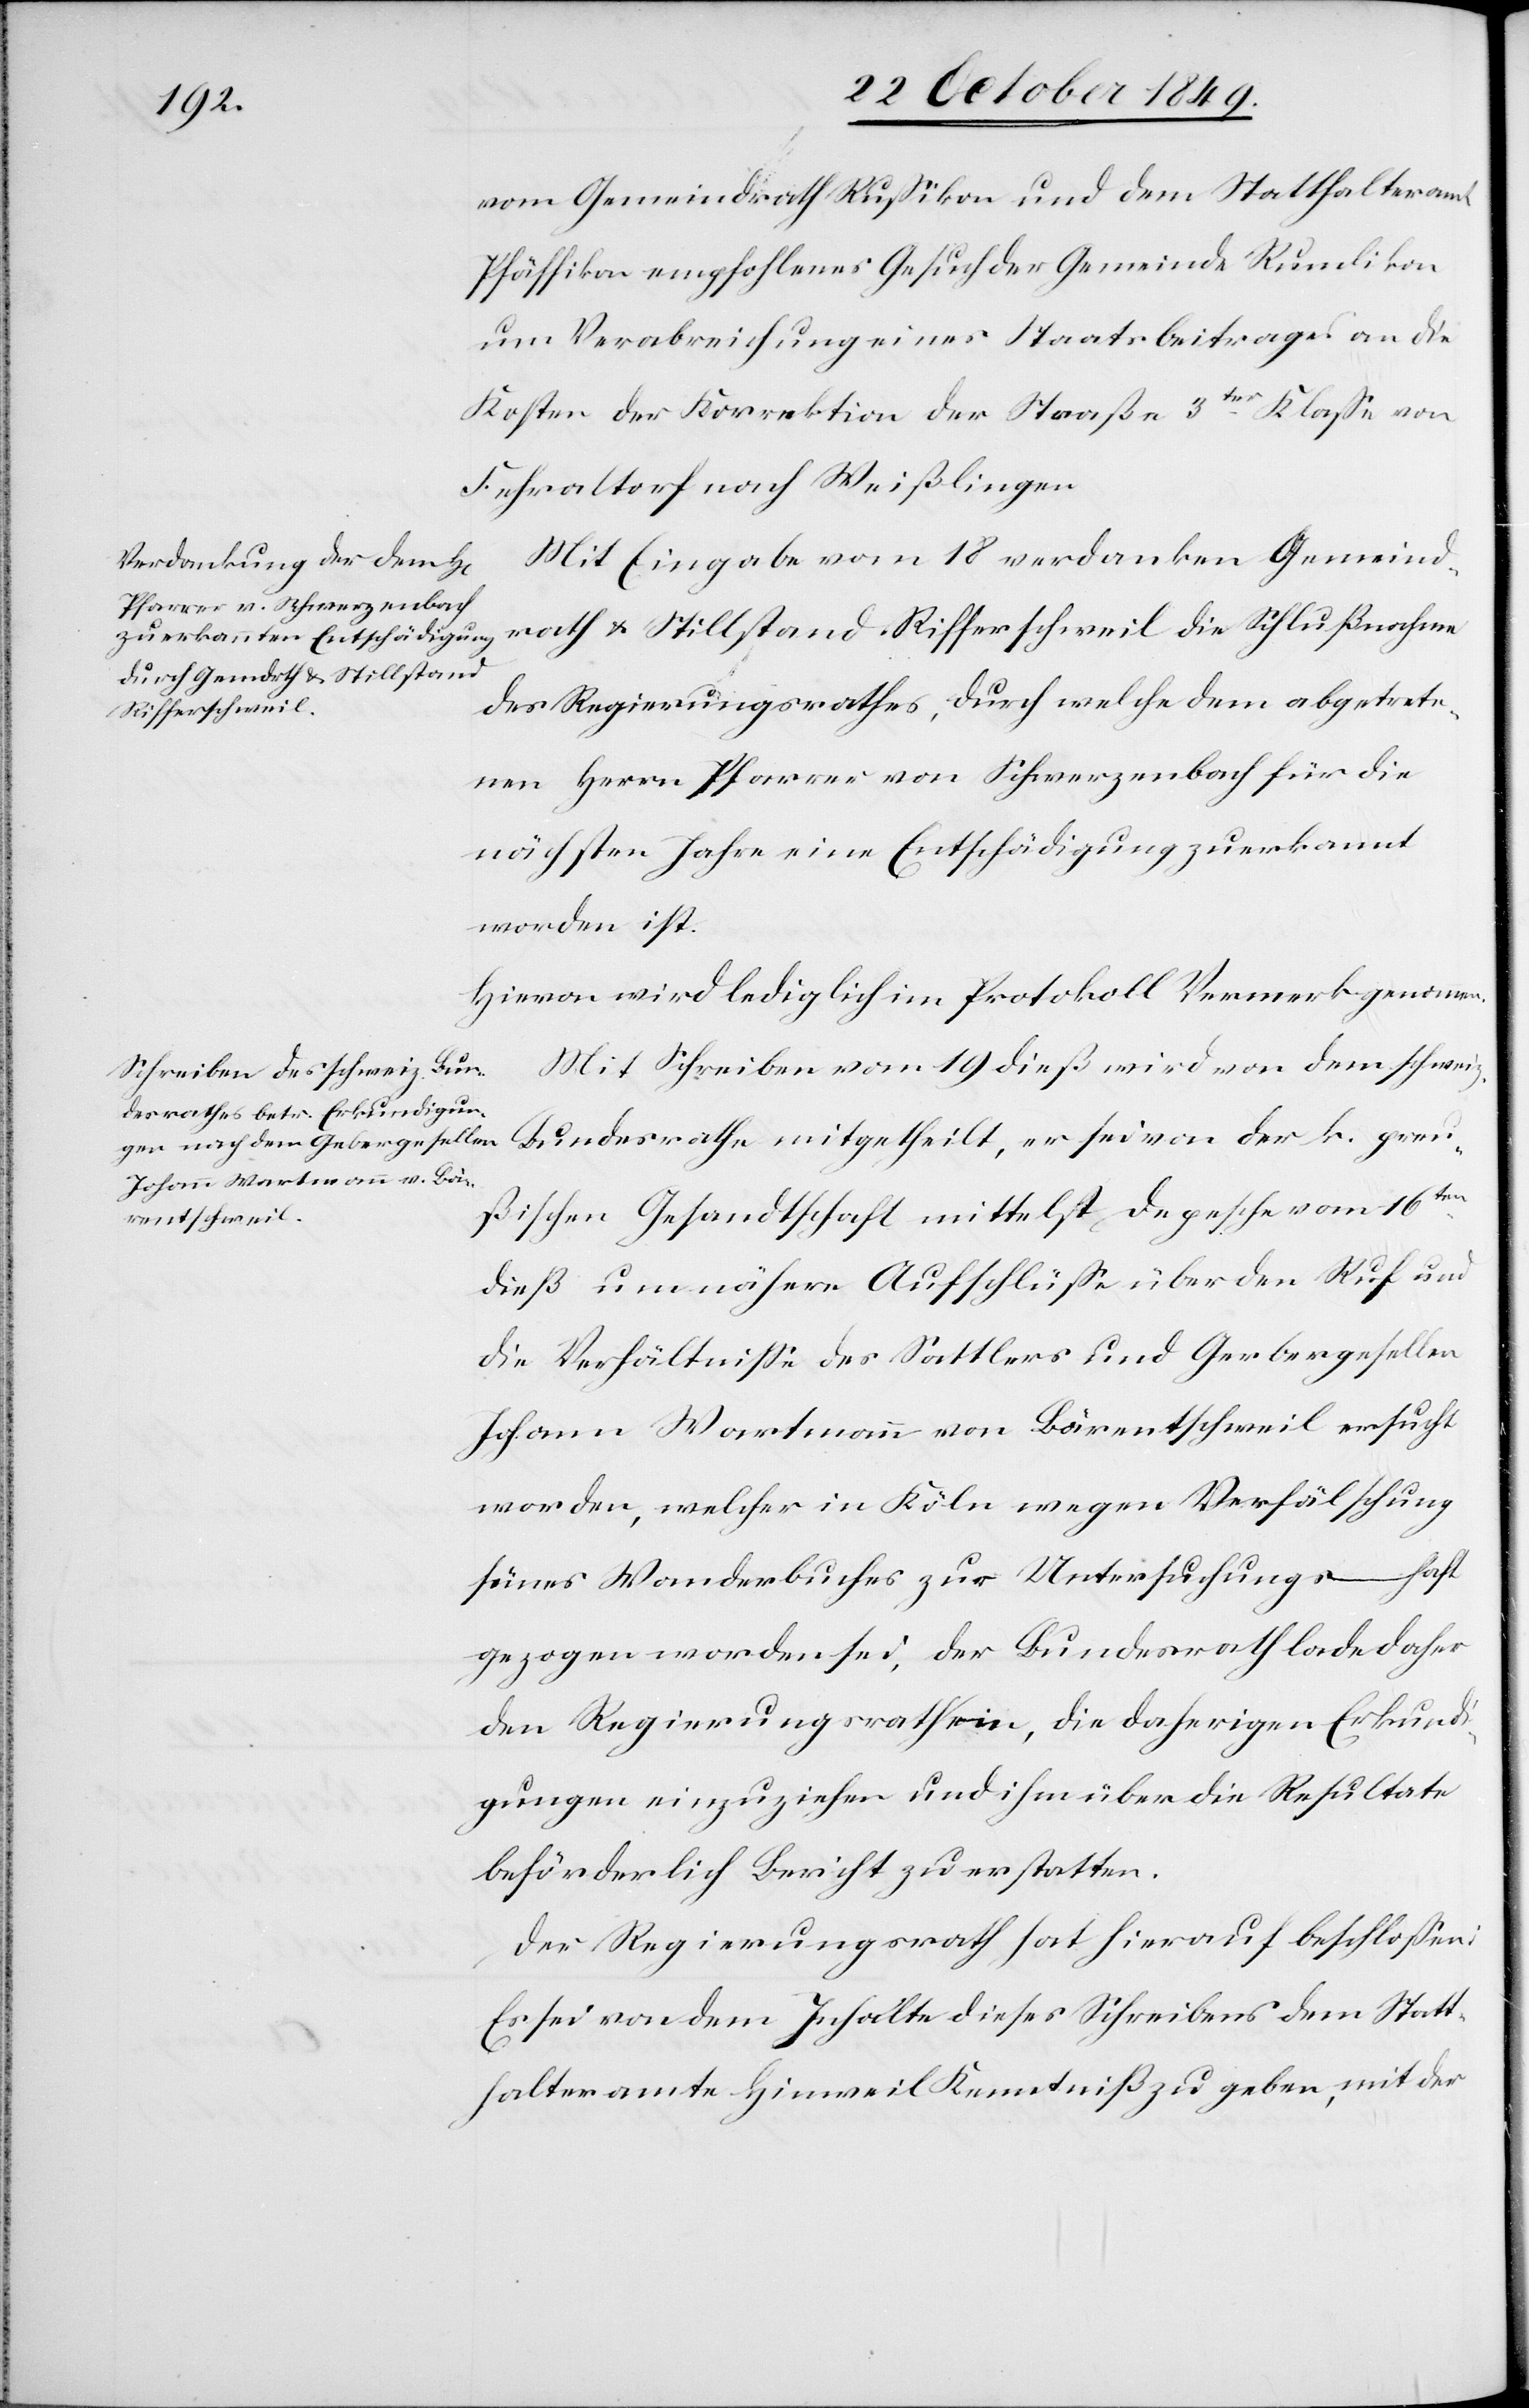
erischen
vom Gemeindrathe Rußikon und dem Statthalteramte
Pfäffikon empfohlenes Gesuch der Gemeinde Rumlikon
um Verabreichung eines Staatsbeitrages an die
Kosten der Korrektion der Straße 3ter Klaße von
Fehraltorf nach Weißlingen.
Mit Eingabe vom 18 [dieß] verdanken Gemeind¬
rath u. Stillstand Rifferschweil die Schlußnahme
des Regierungsrathes, durch welche dem abgetrete¬
nen Herrn Pfarrer von Schwerzenbach für die
nächsten Jahre eine Entschädigung zuerkannt
worden ist.
Hievon wird lediglich im Protokoll Vormerk genommen.
Mit Schreiben vom 19 dieß wird von dem schweiz¬
Bundesrathe mitgetheilt, er sei von der k. preu¬
ßischen Gesandtschaft mittelst Depesche vom 16ten
dieß um nähere Aufschlüße über den Ruf und
die Verhältniße des Sattlers und Gerbergesellen
Johann Wartmann von Bärentschweil ersucht
worden, welcher in Köln wegen Verfälschung
seines Wanderbuches zur Untersuchungshaft
gezogen worden sei, der Bundesrath lade daher
den Regierungsrath ein, die daherigen Erkund¬
igungen einzuziehen und ihm über die Resultate
beförderlich Bericht zu erstatten.
Der Regierungsrath hat hierauf beschloßen:
Es sei von dem Inhalte dieses Schreibens dem Statt¬
halteramte Hinweil Kenntniß zu geben, mit der